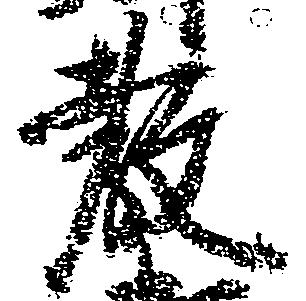
教